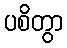
ပစိတွာ